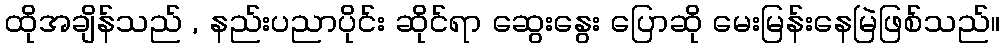
ထိုအချိန်သည် , နည်းပညာပိုင်း ဆိုင်ရာ ဆွေးနွေး ပြောဆို မေးမြန်းနေမြဲဖြစ်သည်။